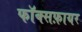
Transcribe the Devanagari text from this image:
फॉक्सफ़ायर